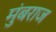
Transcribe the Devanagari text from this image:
मुंबराज